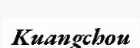
Kuangchou